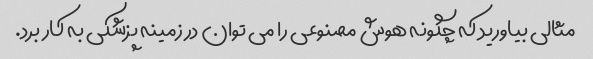
مثالی بیاورید که چگونه هوش مصنوعی را می توان در زمینه پزشکی به کار برد.